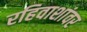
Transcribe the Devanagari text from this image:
रहिवाशांवर